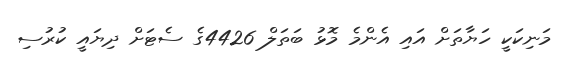
މަނިކަކީ ހަޔާތަށް އައި އެންމެ މޮޅު ބަތަލް 4426ގެ ސެޓަށް ދިޔައީ ކުރުސި